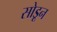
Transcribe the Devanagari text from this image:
सोडूून